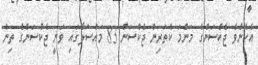
އެހެންވެ ޖެކްސަންގެ މަންމަ ކެތަރިން ޖެކްސަން 83 މައްސަލާގައި ވަނީ ޖެކްސަންގެ ތިން